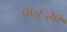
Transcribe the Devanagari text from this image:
१५६२९